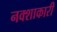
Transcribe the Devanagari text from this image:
नक्शाकारी